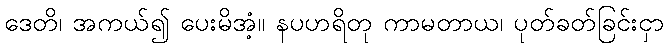
ဒေတိ၊ အကယ်၍ ပေးမိအံ့။ နပဟရိတု ကာမတာယ၊ ပုတ်ခတ်ခြင်းငှာ